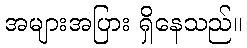
အများအပြား ရှိနေသည်။